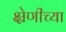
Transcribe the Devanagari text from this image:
क्ष्रेणीच्या